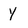
Character: Y